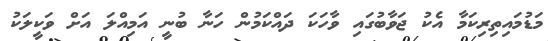
މަޑުމައިތިރިކަމާ އެކު ޖަވާބުގައި ވާހަކަ ދައްކަމުން ހަނާ ބުނީ އަމިއްލަ އަށް ވަކީލަކު